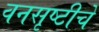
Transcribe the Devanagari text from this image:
वनसृष्टीचे